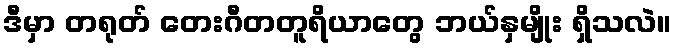
ဒီမှာ တရုတ် တေးဂီတတူရိယာတွေ ဘယ်နှမျိုး ရှိသလဲ။